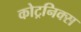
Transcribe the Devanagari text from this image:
कोट्रनिक्स